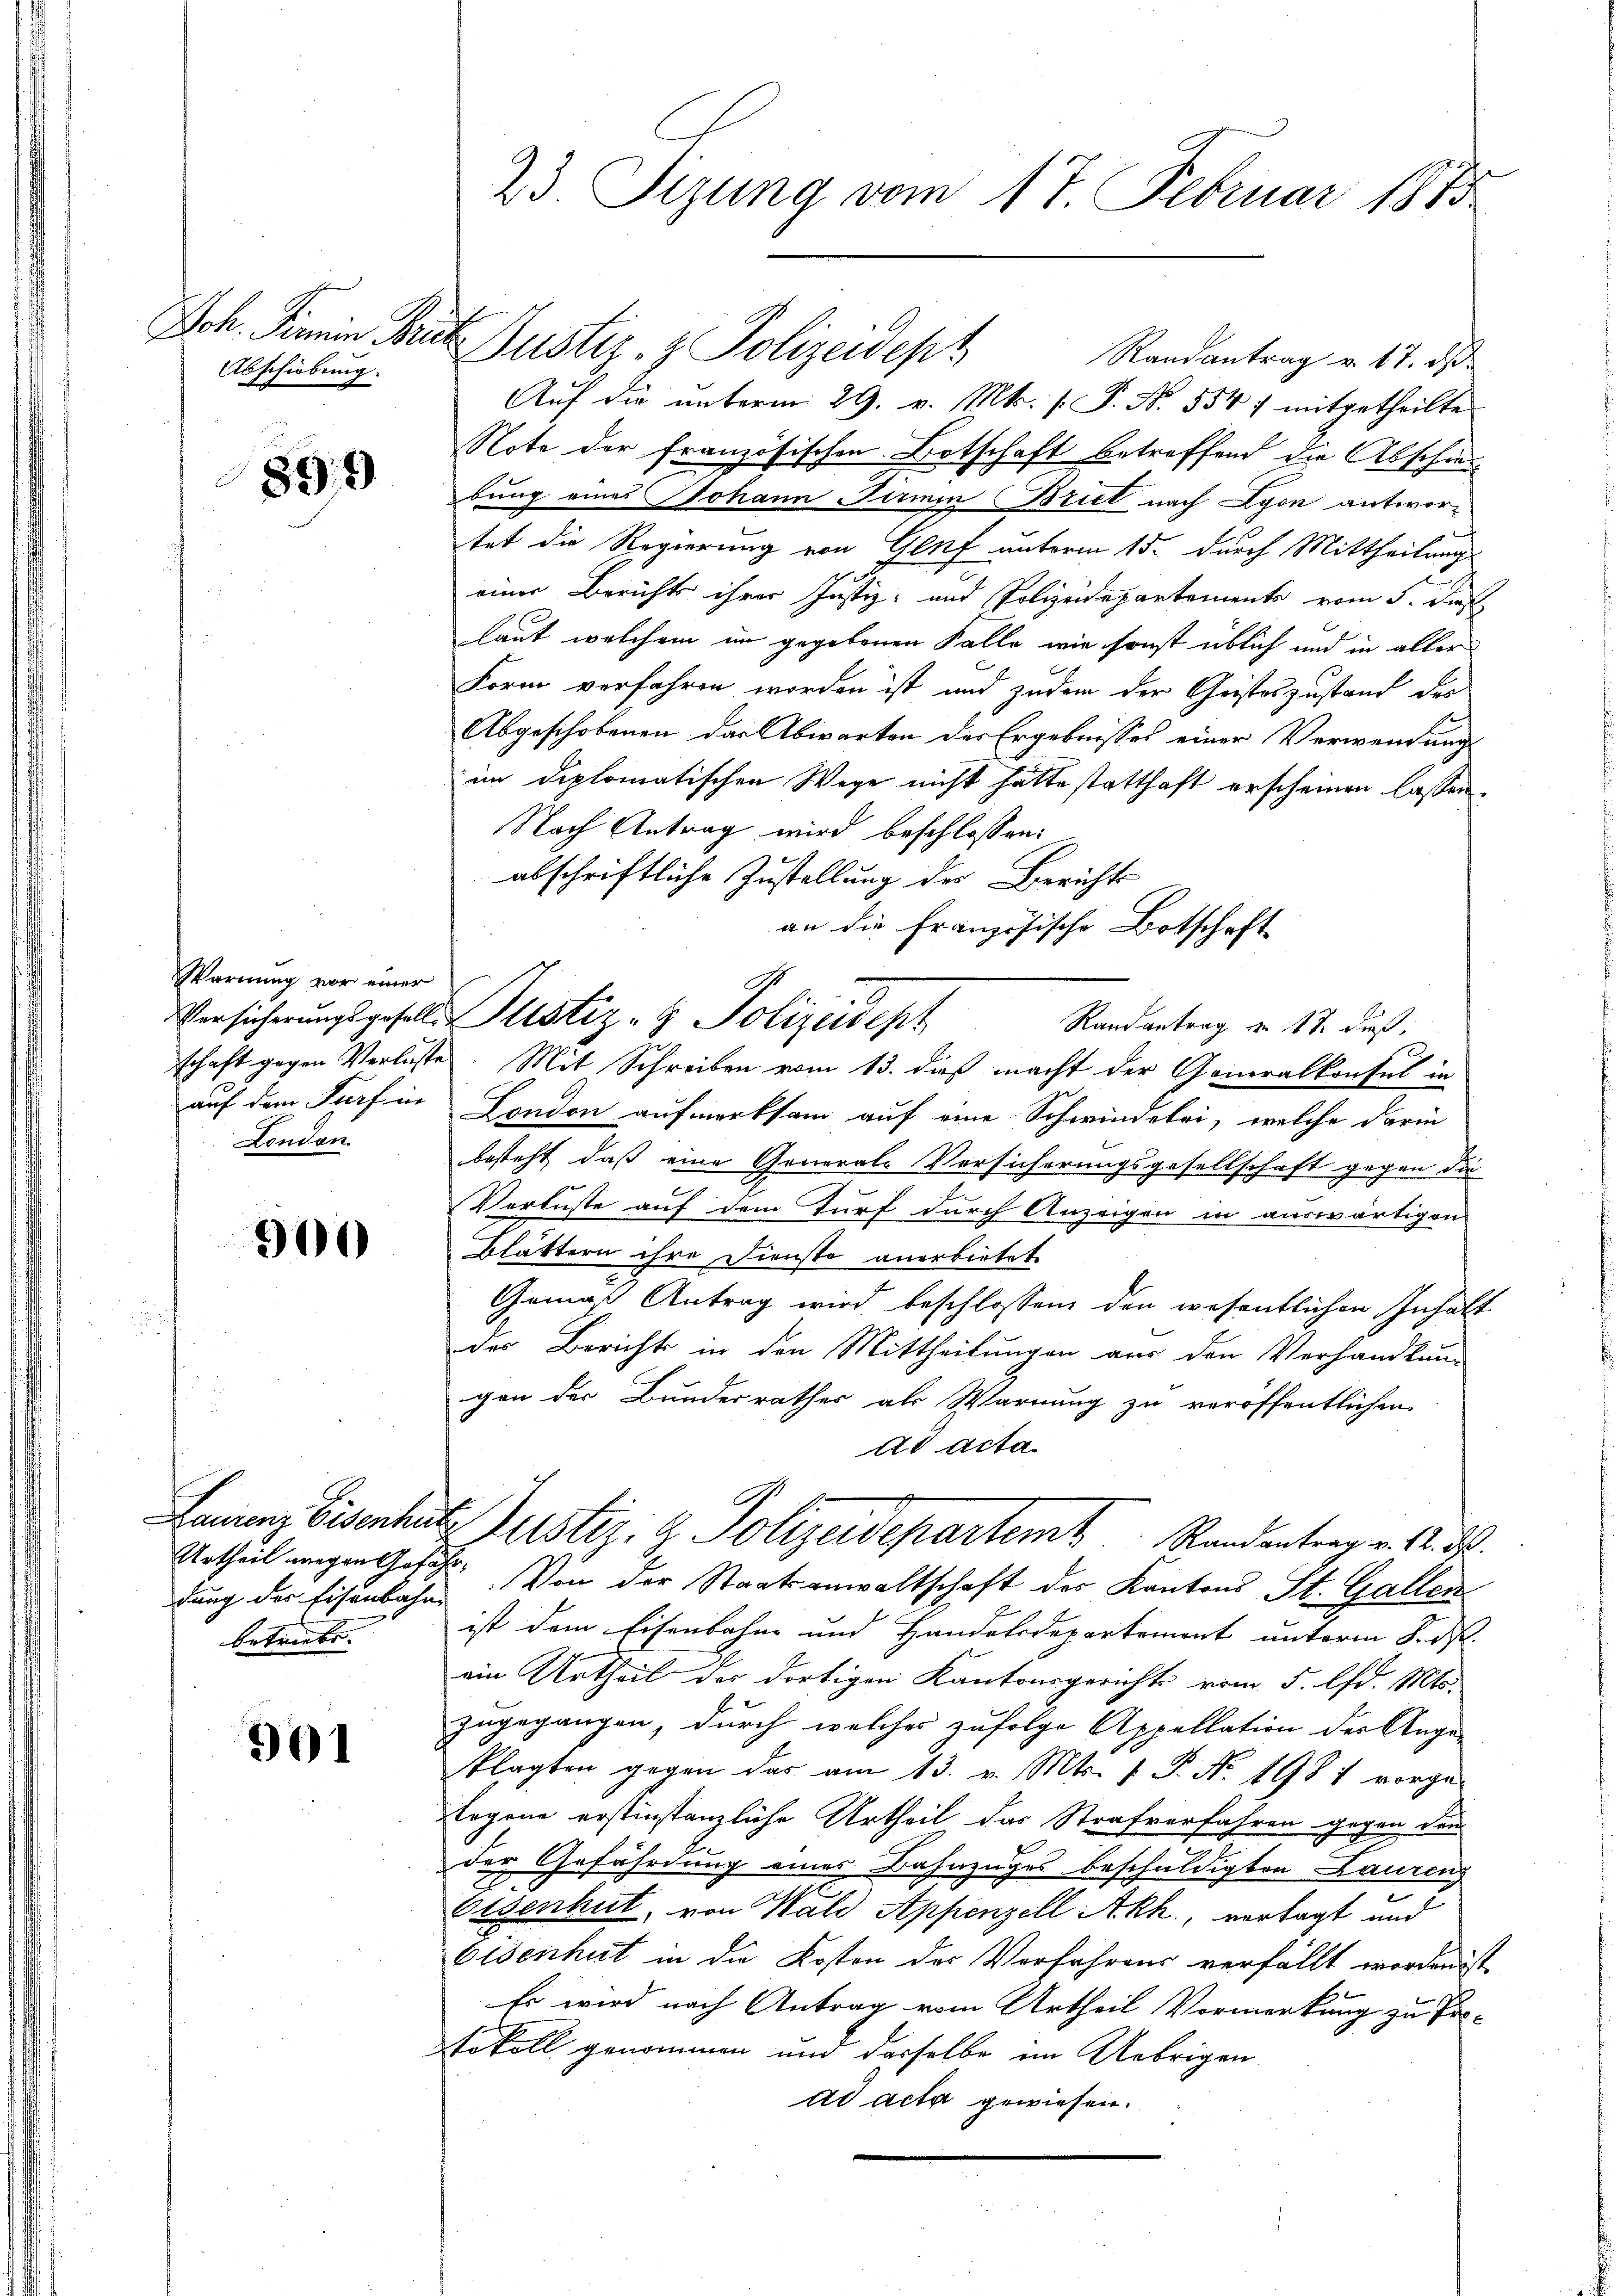
Abschiebung.

899

Warnung vor einer
London

500

dung der Eisenbahne
betriebe. |

301

23. Sizung vom 17. Februar 1875

Aŭf die ŭnterm 29. v. Mts. (T. No. 554 7 mitgetheilte
Note der französischen Botschaft betreffend die Abschiedbung eines Johann Firmin Brief nach Lyon antwortet die Regierung von Genf unterm 15. durch Mittheilung
einer Bericht ihrer Justiz- und Polizeidepartements vom 5. des
laut welchem in gegebenen Falle wie sonst üblich und in aller
Form verfahren worden ist und zudem der Christeszustand des
Abgeschobenen das Abwarten der Ergebnisses einer Verwendung
im diplomatischen Wege nicht hätte statthaft erscheinen lassen.
Nach Antrag wird beschlossen:
abschriftliche Zustellung des Berichts
an die französische Botschaft
Versicherungsgeselle Justiz- & Polizeidept
Randantrag am 17. dieß,
schaft gegen Verluste. Mit Schreiben vom 13. dieß macht der Generalkonsul in
auf dem Torf in London aufmerksam auf eine Schwindelei, welche darin
besteht, daß eine Generale Versicherungsgesellschaft gegen die
n
Verluste auf dem Turf durch Anzeigen in auswärtigen
Blättern ihre Dienste anerbietet
Gemäß Antrag wird beschlossen den wesentlichen Inhalt
des Berichts in den Mittheilungen aus den Verhandlung
gen der Bundesrathes als Warnung zu veröffentlichen
Ad Acta
Lauaz Eisenhuts Justiz- & Polizeidepartem Randanterr v. M. D.
Urtheil wegen Gesuch. Von der Staatsanwaltschaft des Kantons St. Gallen
ist dem Eisenbahne und Handelsdepartement unterm 8. ds.
ein Urtheil des dortigen Kantonsgerichts vom 5. lfd. Mts.
zugegangen, durch welches zufolge Appellation der Ange-
Plagten gegen das am 13. v. Mts. f. P. Nr. 1981 vorge-
Legene erstinstanzliche Urtheil das Strafverfahren gegen den
der Gefährdung eines Bahnzuges beschuldigten Laurenz
e
Eisenhut, von Wald Appenzell Akh., vertagt und
Eisenhut in die Kosten der Verfahrens verfällt worden ist
Es wird nach Antrag vom Urtheil Vormerkung zu Pro-
tokoll genommen und derselbe im Uebrigen
ad acta gewiesen.

Joh. Gemein Fr Justiz- & Polizeidept Randantrag v. 17. d